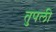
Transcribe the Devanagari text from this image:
तुपली